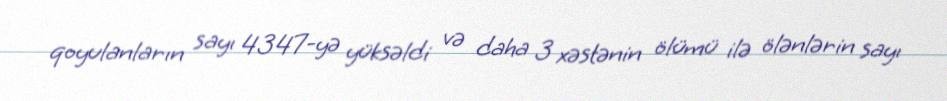
qoyulanların sayı 4347-yə yüksəldi və daha 3 xəstənin ölümü ilə ölənlərin sayı